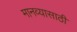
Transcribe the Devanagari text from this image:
मानव्यासाठी